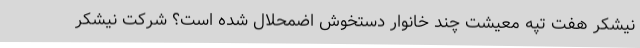
نیشکر هفت تپه معیشت چند خانوار دستخوش اضمحلال شده است؟ شرکت نیشکر